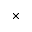
\times